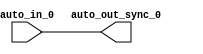
// Copyright (c) 2017, Microsemi Corporation
// All rights reserved.
//
// Redistribution and use in source and binary forms, with or without
// modification, are permitted provided that the following conditions are met:
//     * Redistributions of source code must retain the above copyright
//       notice, this list of conditions and the following disclaimer.
//     * Redistributions in binary form must reproduce the above copyright
//       notice, this list of conditions and the following disclaimer in the
//       documentation and/or other materials provided with the distribution.
//     * Neither the name of the <organization> nor the
//       names of its contributors may be used to endorse or promote products
//       derived from this software without specific prior written permission.
//
// THIS SOFTWARE IS PROVIDED BY THE COPYRIGHT HOLDERS AND CONTRIBUTORS "AS IS" AND
// ANY EXPRESS OR IMPLIED WARRANTIES, INCLUDING, BUT NOT LIMITED TO, THE IMPLIED
// WARRANTIES OF MERCHANTABILITY AND FITNESS FOR A PARTICULAR PURPOSE ARE
// DISCLAIMED. IN NO EVENT SHALL MICROSEMI CORPORATIONM BE LIABLE FOR ANY
// DIRECT, INDIRECT, INCIDENTAL, SPECIAL, EXEMPLARY, OR CONSEQUENTIAL DAMAGES
// (INCLUDING, BUT NOT LIMITED TO, PROCUREMENT OF SUBSTITUTE GOODS OR SERVICES;
// LOSS OF USE, DATA, OR PROFITS; OR BUSINESS INTERRUPTION) HOWEVER CAUSED AND
// ON ANY THEORY OF LIABILITY, WHETHER IN CONTRACT, STRICT LIABILITY, OR TORT
// (INCLUDING NEGLIGENCE OR OTHERWISE) ARISING IN ANY WAY OUT OF THE USE OF THIS
// SOFTWARE, EVEN IF ADVISED OF THE POSSIBILITY OF SUCH DAMAGE.
//
// APACHE LICENSE
// Copyright (c) 2017, Microsemi Corporation 
//
// Licensed under the Apache License, Version 2.0 (the "License");
// you may not use this file except in compliance with the License.
// You may obtain a copy of the License at
//
//    http://www.apache.org/licenses/LICENSE-2.0
//
// Unless required by applicable law or agreed to in writing, software
// distributed under the License is distributed on an "AS IS" BASIS,
// WITHOUT WARRANTIES OR CONDITIONS OF ANY KIND, either express or implied.
// See the License for the specific language governing permissions and
// limitations under the License.
//
// Description:
//
// SVN Revision Information:
// SVN $Revision: $
// SVN $Date: $
//
// Resolved SARs
// SAR      Date     Who   Description
//
// Notes:
//
// ****************************************************************************/
`ifndef RANDOMIZE_REG_INIT 
	 `define RANDOMIZE_REG_INIT 
 `endif
`ifndef RANDOMIZE_MEM_INIT 
	 `define RANDOMIZE_MEM_INIT 
 `endif
`ifndef RANDOMIZE 
	 `define RANDOMIZE 
`endif

`timescale 1ns/10ps
module MIV_RV32IMA_L1_AHB_C0_MIV_RV32IMA_L1_AHB_C0_0_MIV_RV32IMA_L1_AHB_INT_SYNC_CROSSING_SOURCE( // @[:freechips.rocketchip.system.MivRV32ImaL1AhbConfig.fir@22083.2]
  input   auto_in_0, // @[:freechips.rocketchip.system.MivRV32ImaL1AhbConfig.fir@22086.4]
  output  auto_out_sync_0 // @[:freechips.rocketchip.system.MivRV32ImaL1AhbConfig.fir@22086.4]
);
  assign auto_out_sync_0 = auto_in_0;
endmodule